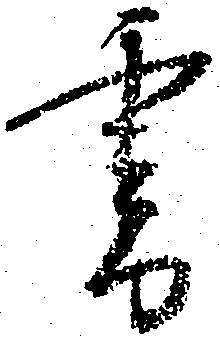
書